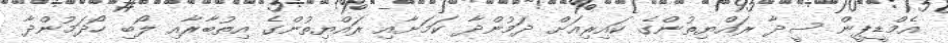
އެމްޑީޕީން ސީދާ ރައްޔިތުންގެ ކައިރިއަށް ދަމުންދާ ކަމަށާއި ރައްޔިތުންގެ އިތުބާރާއި ލޯބި ހޯދަމުންދާ